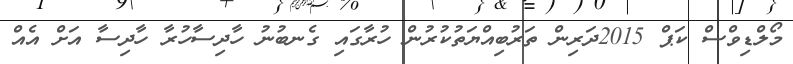
މޯލްޑިވްސް ކަޕް 2015ދަރިން ތަރުބިއްޔަތުކުރުން ހުރާގައި ގެނބުނު ހާދިސާހުރާ ހާދިސާ އަށް އެއް